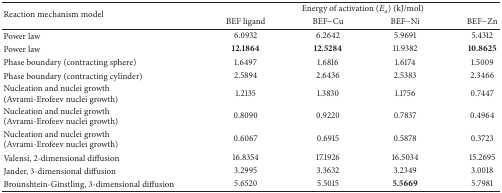
| <ROWSPAN=2> Reaction mechanism model | <COLSPAN=4> Energy of activation (Ea) (kJ/mol) |
 | BEF ligand | BEF−Cu | BEF−Ni | BEF−Zn |
 | --- | --- | --- | --- | --- |
 | Power law | 6.0932 | 6.2642 | 5.9691 | 5.4312 |
 | Power law | 12.1864 | 12.5284 | 11.9382 | 10.8625 |
 | Phase boundary (contracting sphere) | 1.6497 | 1.6816 | 1.6174 | 1.5009 |
 | Phase boundary (contracting cylinder) | 2.5894 | 2.6436 | 2.5383 | 2.3466 |
 | Nucleation and nuclei growth (Avrami-Erofeev nuclei growth) | 1.2135 | 1.3830 | 1.1756 | 0.7447 |
 | Nucleation and nuclei growth (Avrami-Erofeev nuclei growth) | 0.8090 | 0.9220 | 0.7837 | 0.4964 |
 | Nucleation and nuclei growth (Avrami-Erofeev nuclei growth) | 0.6067 | 0.6915 | 0.5878 | 0.3723 |
 | Valensi, 2-dimensional diffusion | 16.8354 | 17.1926 | 16.5034 | 15.2695 |
 | Jander, 3-dimensional diffusion | 3.2995 | 3.3632 | 3.2349 | 3.0018 |
 | Brounshtein-Ginstling, 3-dimensional diffusion | 5.6520 | 5.5015 | 5.5669 | 5.7981 |